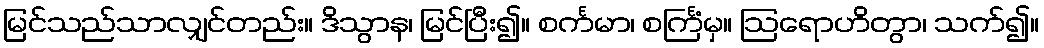
မြင်သည်သာလျှင်တည်း။ ဒိသွာန၊ မြင်ပြီး၍။ စင်္ကမာ၊ စင်္ကြံမှ။ ဩရောဟိတွာ၊ သက်၍။